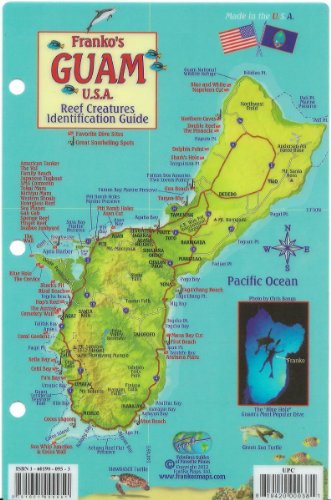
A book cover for Guam Dive Map & Reef Creatures Guide Franko Maps Laminated Fish Card; Franko Maps Ltd.; Travel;